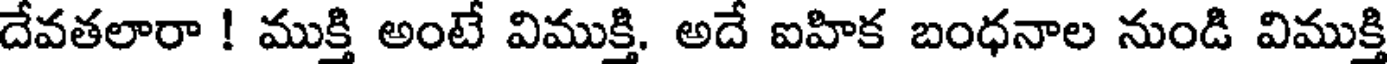
దేవతలారా ! ముక్తి అంటే విముక్తి. అదే ఐహిక బంధనాల నుండి విముక్తి